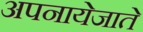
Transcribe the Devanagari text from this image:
अपनायेजाते